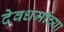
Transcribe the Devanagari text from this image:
देवधर्माच्या